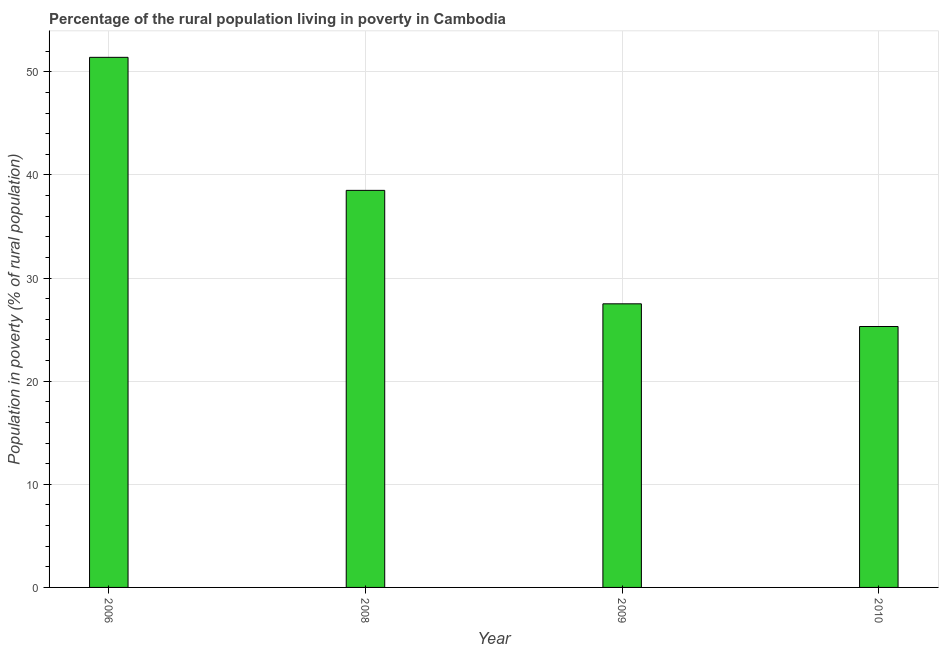
| Year | Rural poverty headcount ratio |
 | --- | --- |
 | 2006 | 51.4 |
 | 2008 | 38.5 |
 | 2009 | 27.5 |
 | 2010 | 25.3 |